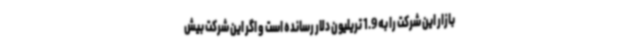
بازار این شرکت را به 1.9 تریلیون دلار رسانده است و اگر این شرکت بیش